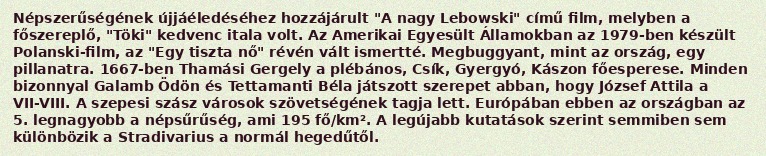
Népszerűségének újjáéledéséhez hozzájárult "A nagy Lebowski" című film, melyben a főszereplő, "Töki" kedvenc itala volt. Az Amerikai Egyesült Államokban az 1979-ben készült Polanski-film, az "Egy tiszta nő" révén vált ismertté. Megbuggyant, mint az ország, egy pillanatra. 1667-ben Thamási Gergely a plébános, Csík, Gyergyó, Kászon főesperese. Minden bizonnyal Galamb Ödön és Tettamanti Béla játszott szerepet abban, hogy József Attila a VII-VIII. A szepesi szász városok szövetségének tagja lett. Európában ebben az országban az 5. legnagyobb a népsűrűség, ami 195 fő/km². A legújabb kutatások szerint semmiben sem különbözik a Stradivarius a normál hegedűtől.